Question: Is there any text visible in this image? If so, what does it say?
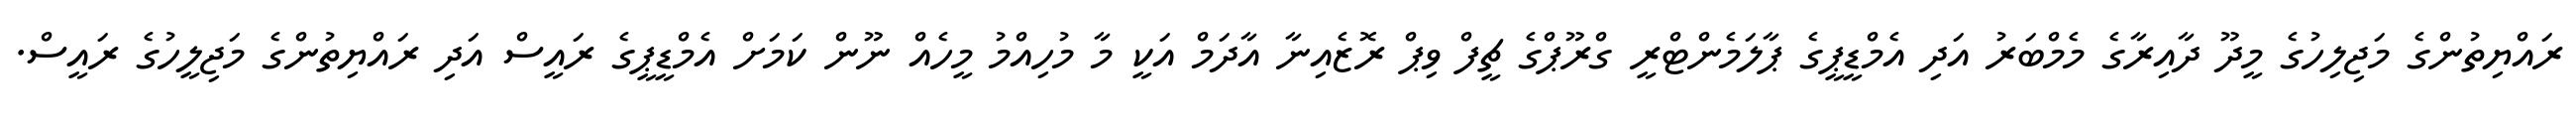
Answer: ރައްޔިތުންގެ މަޖިލިހުގެ މީދޫ ދާއިރާގެ މެމްބަރު އަދި އެމްޑީޕީގެ ޕާލަމެންޓްރީ ގްރޫޕްގެ ޗީފް ވިޕް ރޮޒެއިނާ އާދަމް އަކީ މާ މުހިއްމު މީހެއް ނޫން ކަމަށް އެމްޑީޕީގެ ރައީސް އަދި ރައްޔިތުންގެ މަޖިލީހުގެ ރައީސް.